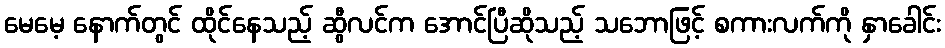
မေမေ့ နောက်တွင် ထိုင်နေသည့် ဆွီလင်က အောင်ပြီဆိုသည့် သဘောဖြင့် စကားလက်ကို နှာခေါင်း